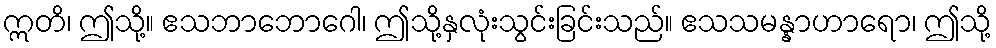
ဣတိ၊ ဤသို့။ ဧသဘာဘောဂေါ၊ ဤသို့နှလုံးသွင်းခြင်းသည်။ ဧသသမန္နာဟာရော၊ ဤသို့